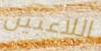
اللاعبين